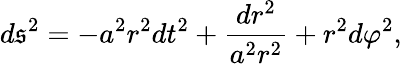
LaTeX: d\mathfrak{s}^{2}=-a^{2}r^{2}dt^{2}+\frac{{dr^{2}}}{{a^{2}r^{2}}}+r^{2}d\varphi^{2},